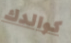
كوالدك